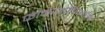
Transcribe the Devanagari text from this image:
फोनाज़ोपिराइडिन